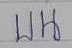
บน